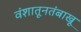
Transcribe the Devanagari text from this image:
वंशातूनतंबाखू